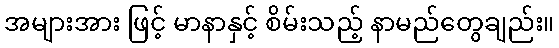
အများအား ဖြင့် မာနာနှင့် စိမ်းသည့် နာမည်တွေချည်း။